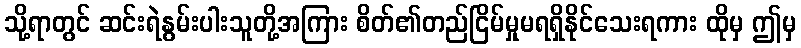
သို့ရာတွင် ဆင်းရဲနွမ်းပါးသူတို့အကြား စိတ်၏တည်ငြိမ်မှုမရရှိနိုင်သေးရကား ထိုမှ ဤမှ